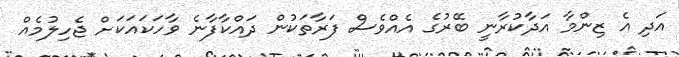
އަދި އެ ޒިންމާ އަދާކުރާނީ ބޭރުގެ އެއްވެސް ފަރާތަކުން ދައްކާފާނެ ވާހަކައަކަށް ޖެހިލުމެއް